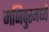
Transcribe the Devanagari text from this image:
मणिपुरमध्ये